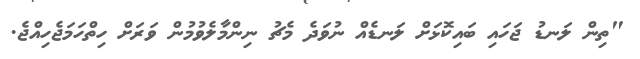
"ތިން ލަނޑު ޖަހައި ބައިކޮޅަށް ލަނޑެއް ނުވަދެ މެޗު ނިންމާލެވުމުން ވަރަށް ހިތްހަމަޖެހިއްޖެ.